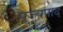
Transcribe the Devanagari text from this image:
पूज्‍यपाद